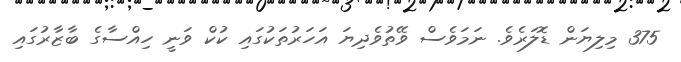
375 މިލިޔަން ޑޮލަރެވެ. ނަމަވެސް ވޭތުވެދިޔަ އަހަރުތަކުގައި ކުކް ވަނީ ހިއްސާގެ ބާޒާރުގައި